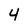
Character: 4